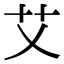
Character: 艾